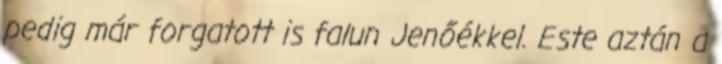
pedig már forgatott is falun Jenőékkel. Este aztán a